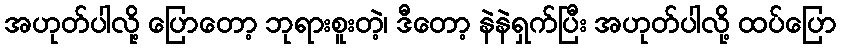
အဟုတ်ပါလို့ ပြောတော့ ဘုရားစူးတဲ့၊ ဒီတော့ နဲနဲရှက်ပြီး အဟုတ်ပါလို့ ထပ်ပြော